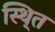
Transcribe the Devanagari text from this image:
स्थि्त